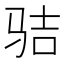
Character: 𩧵